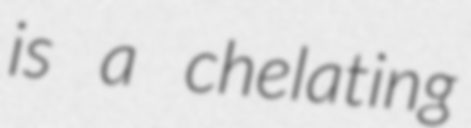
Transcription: is a chelating